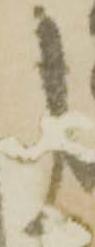
し